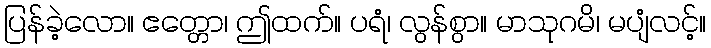
ပြန်ခဲ့လော။ ဧတ္တော၊ ဤထက်။ ပရံ၊ လွန်စွာ။ မာသုဂမိ၊ မပျံလင့်။